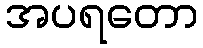
အပရတော